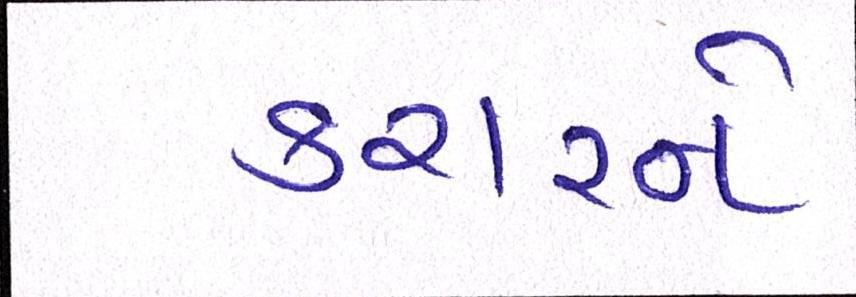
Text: કરારને